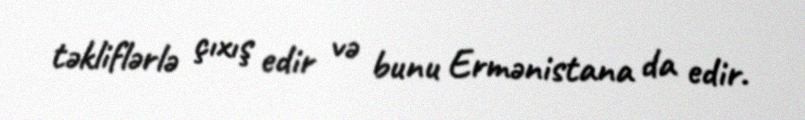
təkliflərlə çıxış edir və bunu Ermənistana da edir.